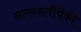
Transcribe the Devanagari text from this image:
सल्तनतींपैकी